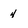
Character: 4